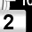
Digit: 2